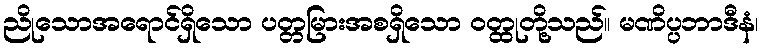
ညိုသောအရောင်ရှိသော ပတ္တမြားအစရှိသော ဝတ္ထုတို့သည်။ မဏိပ္ပဘာဒီနံ၊